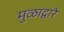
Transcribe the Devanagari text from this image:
मुळाद्वारे